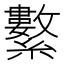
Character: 𦇆